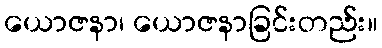
ယောဇနာ၊ ယောဇနာခြင်းတည်း။